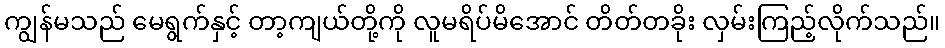
ကျွန်မသည် မေရွက်နှင့် တာ့ကျယ်တို့ကို လူမရိပ်မိအောင် တိတ်တခိုး လှမ်းကြည့်လိုက်သည်။